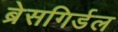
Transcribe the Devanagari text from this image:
ब्रेसगिर्डल